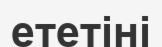
ететіні